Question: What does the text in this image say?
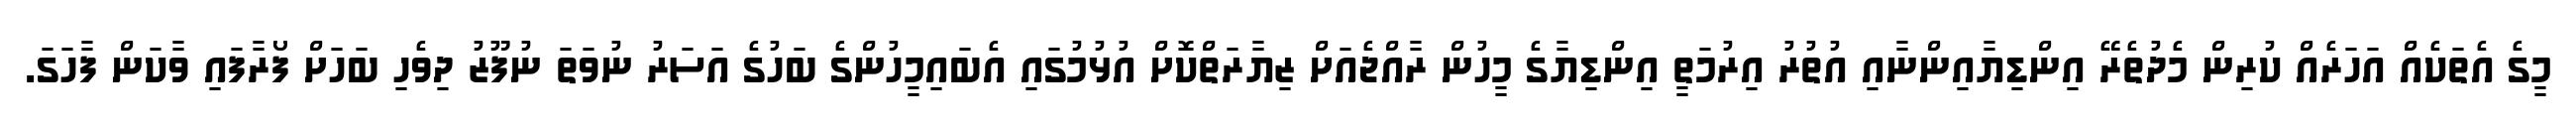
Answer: މީގެ އެތަކެއް އަހަރެއް ކުރިން މެދުތެރޭ އިންޑިޔާއިންނާއި އުތުރު އިރުމަތީ އިންޑިޔާގެ މީހުން ރާއްޖެއަށް ޒިޔާރަތްކޮށް އުޅުމުގައި އެބައިމީހުންގެ ބަހުގެ އަސަރު ނުވަތަ ނުފޫޒު ދިވެހި ބަހަށް ފޯރާފައި ވާކަން ފާހަގަ.